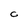
Character: C